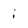
Character: i